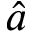
\hat { a }